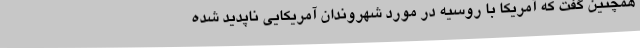
همچنین گفت که آمریکا با روسیه در مورد شهروندان آمریکایی ناپدید شده